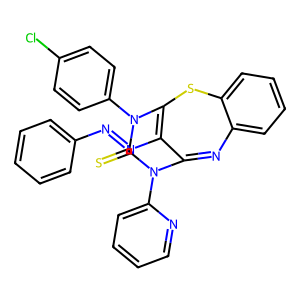
SMILES: S=C1N(c2ccc(Cl)cc2)C2=C(N=Nc3ccccc3)C(=Nc3ccccc3S2)N1c1ccccn1
Inhibits HIV replication: No